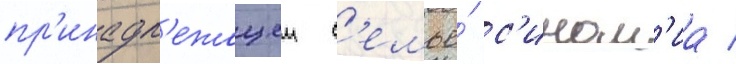
пр'инадл'ежащеи с'емье́ с'ином'иа /